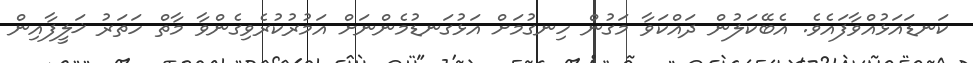
ކަނޑައަޅުއްވާފައެވެ. އެބޭކަލުން ދައްކަވާ މަގުން ހިނގުމަށް އަޅުގަނޑުމެންނަށް އަމުރުކުރެވިގެންވާ މާތް ހަތަރު ޚަލީފާއިން